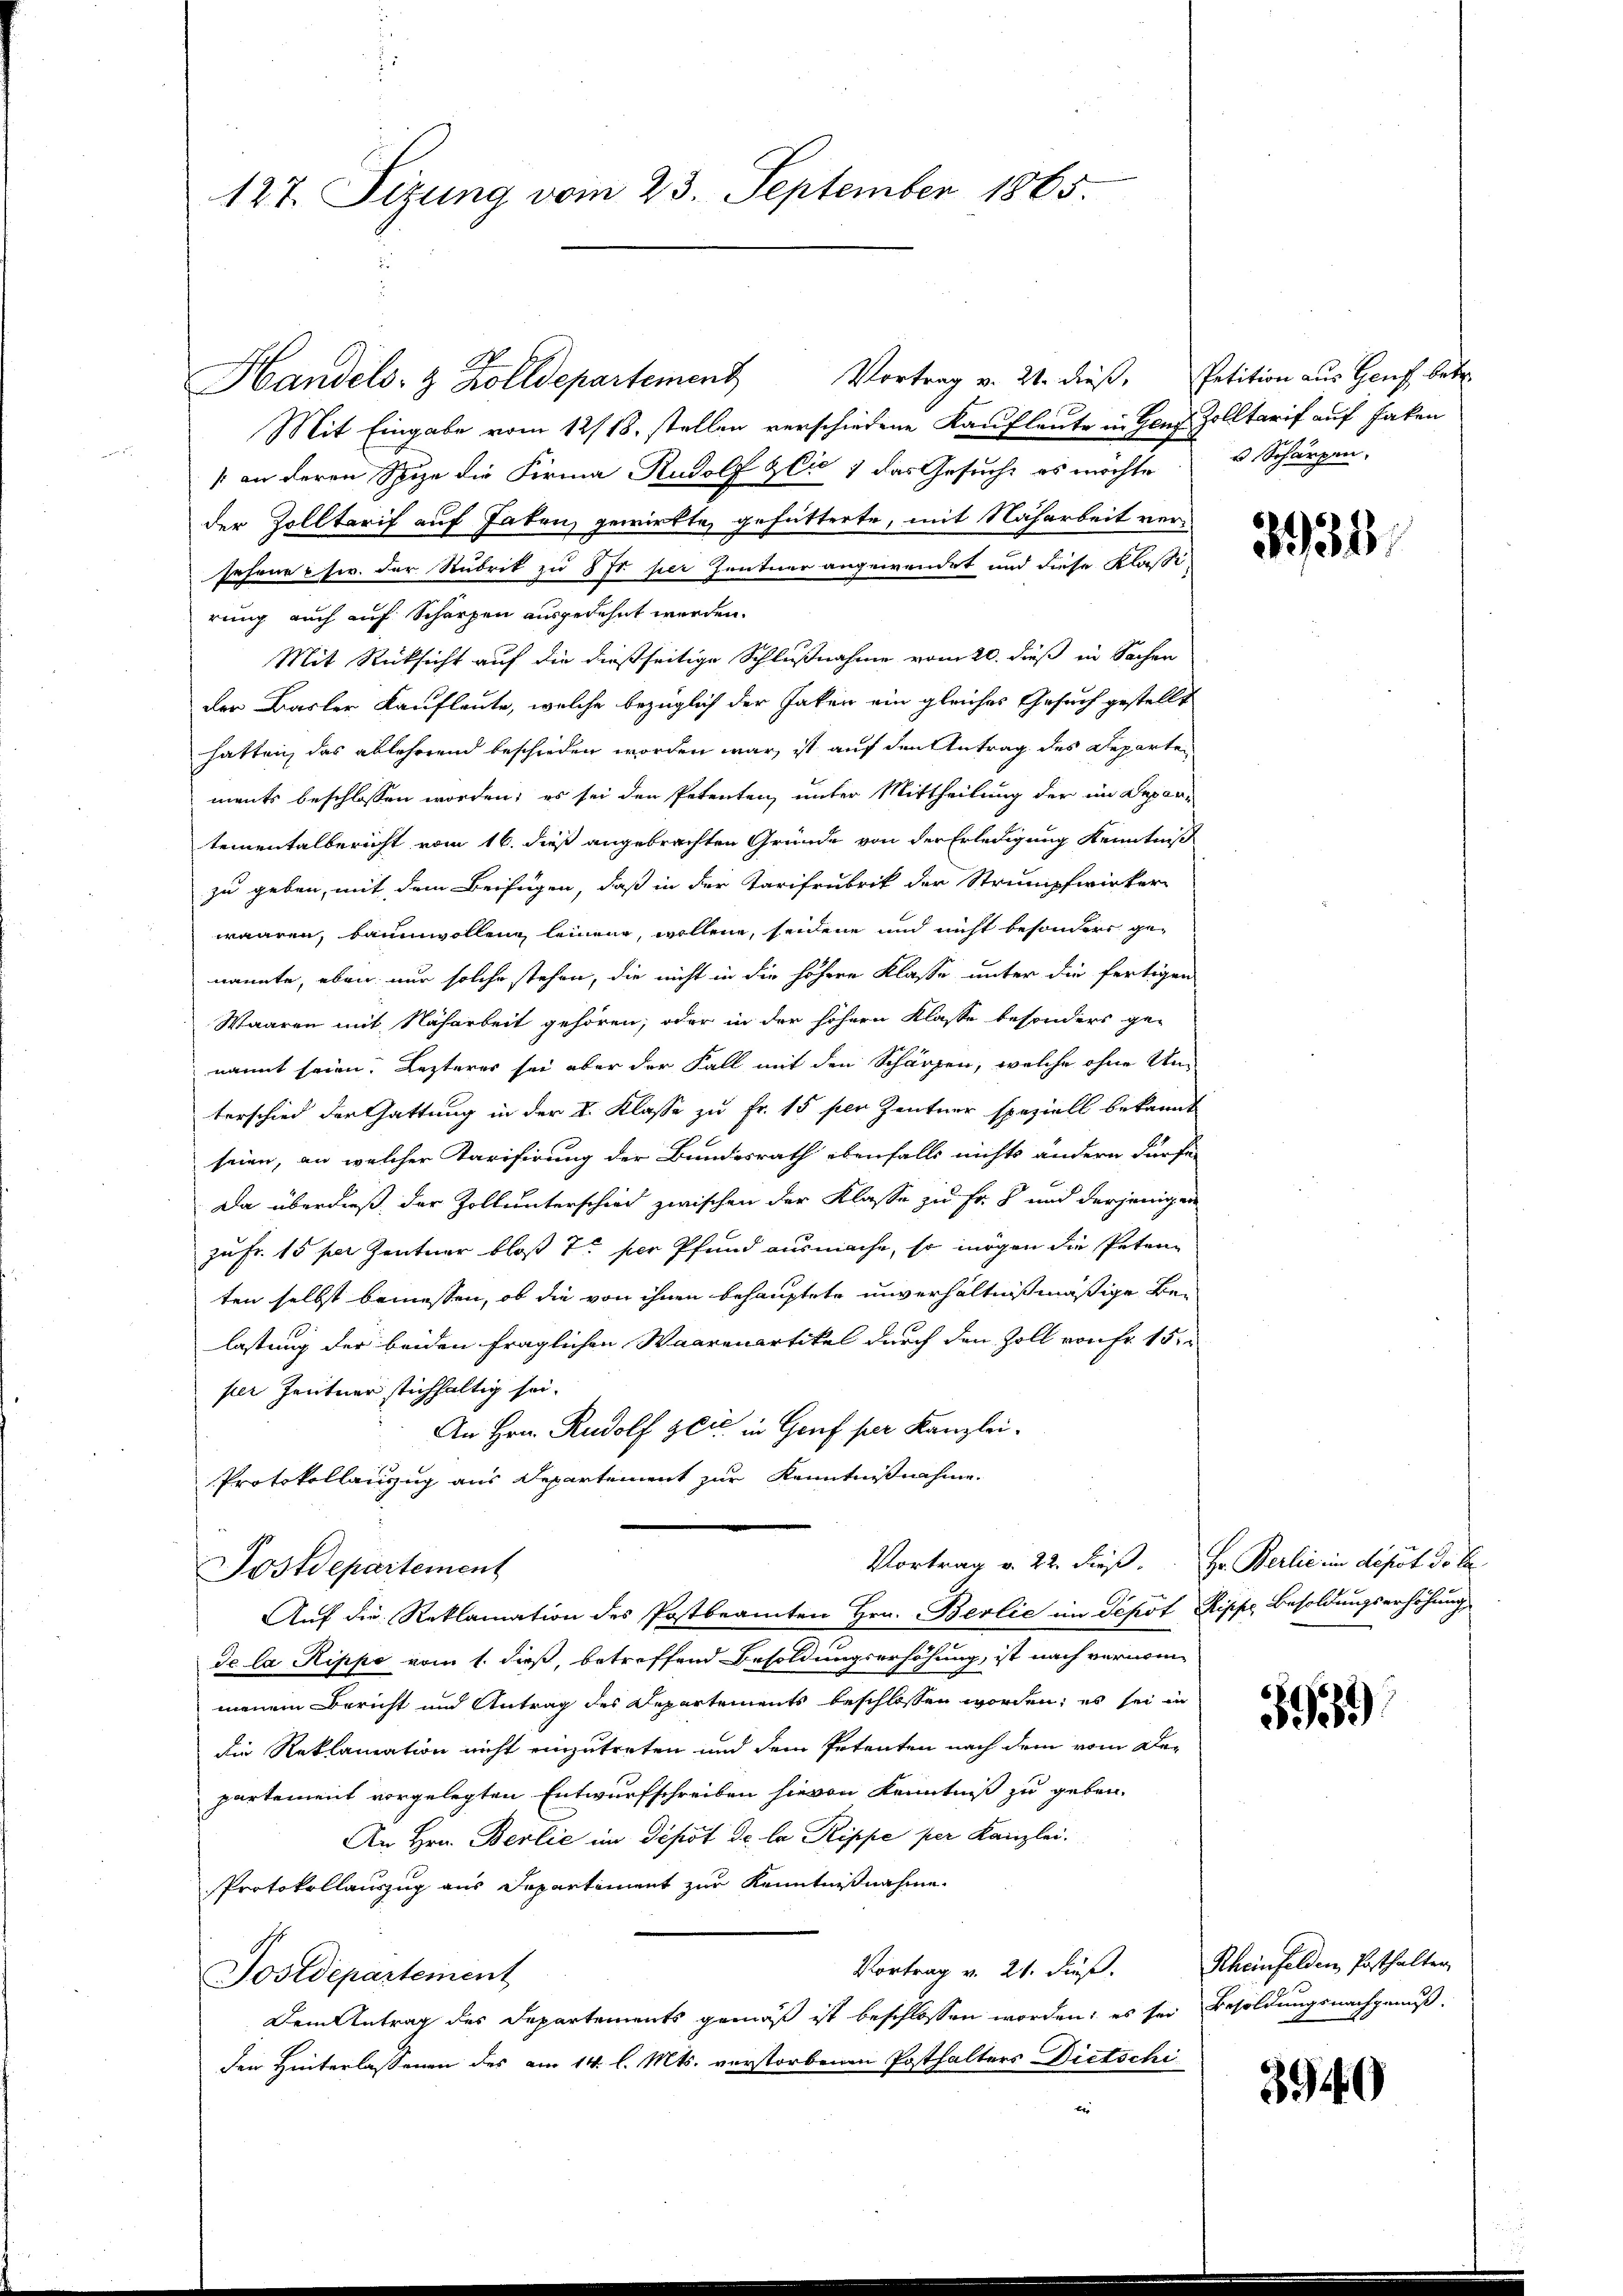
127. Sizung vom 23. September 1865.

Vortrag v. 21. dieß, Petition aus Genf betr.
Handels- & Zolldepartement
Mit Eingabe vom 12/18. stellen verschiedene Kaufleute in Henz Zolltarif auf Facken
/ an deren Spize die Firma Rudolf & Cie 1 das Gesuche es möchte, u Schärzen,
der Zolltarif auf haben, gewirkte, gefütterte, mit Nacharbeit versefour c. fr. der Stubrik zu Sr. per Zentner angewendet und diese Klassi-
rung auch auf Scharzen ausgedehnt werden.
Mit Rücksicht auf die dießseitige Schlußnahme vom 20. dieß in Sachen
der Basler Kaufleute, welche bezüglich der Jaken ein gleiches Gesuch gestellt
hatten, das ablehrend beschieden worden war, ist auf den Antrag des Departe
ments beschlossen worden; es sei den Petenten, unter Mittheilung der im Depar-
tementalbericht vom 16. dieß angebrachten Gründe von der Erledigung Kenntniß
zu geben, mit dem Beifügen, daß in der Tarifrubrik der Strumpfwinker
waaren, baumwollen leinen, wollen, seidene und nicht besonders genannte, eben nur solche stehen, die nicht in die höhere Klasse unter die fertigen
Waaren mit Nacharbeit gehören, oder in der höhern Klasse besonders ge-
nannt seien. Lezteres sei aber der Fall mit den Schärfen, welche ohne Unterschied der Gattung in der I. Klasse zu Fr. 15 per Zentner speziell bekannt
seien, an welcher Tarifirung der Bundesrath ebenfalls nichts andern dürfe
Da überdieß, der Zoll unterschied zwischen der Klasse zu Fr. 8 und derjenigen
zu Fr. 15 per Zentner bloß T. per Pfund ausmache, so mögen die Petenten selbst bemessen, ob die von ihnen behauptete unverhältnißmäßige Belastung der beiden fraglichen Waarenartikel durch den Zoll von Fr. 151
per Zentner stichhaltig sei.
An Hrn. Rudolf Zeit in Gouf per Kanzlei¬
Protokollanzug aus Departement zur Kenntnißnahme.
Vortrag v. 22. dieß. Hr. Berlie in depot dr be
Postdepartement
Auf die Reklamation des Postbeamten Hrn. Bevlić im Depot Rippe Besoldungserhöhung
de la Rippe vom 1. dieß, betreffend Besoldungserhöhung, ist nach vernommenem Bericht und Antrag des Departements beschlossen worden; es sei in
die Reklamation nicht einzutreten und dem Petenten nach dem vom De-
partement vorgelegten Entwurfschreiben hievon Kenntniß zu geben.
An Hrn. Berlie im Depot de la Rippe per Kanzlei.
Protokollauszug aus Departiment zur Kenntnißnahme
Vortrag v. 21. dieß.
Postdepartement
Dem Antrag des Departements gemäß ist beschlossen worden; es sei Besoldungsnachgenuß
den Hinterlassenen des am 14. l. Mts. verstorbenen Posthalters Dietschi
ber

3934/

3951)

Rheinfelden Posthalter

3940